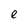
Character: e